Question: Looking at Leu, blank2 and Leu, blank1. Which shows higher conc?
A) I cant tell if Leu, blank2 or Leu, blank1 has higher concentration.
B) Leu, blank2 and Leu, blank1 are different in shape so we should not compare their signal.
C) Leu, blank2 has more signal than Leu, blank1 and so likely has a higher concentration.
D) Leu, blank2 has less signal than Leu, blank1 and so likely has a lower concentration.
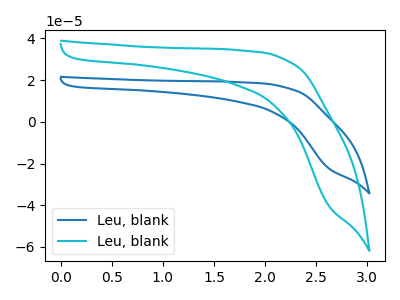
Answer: <think>The blue curve "Leu, blank1" has no peaks. The cyan curve "Leu, blank2" has no peaks.
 Neither "Leu, blank2" or "Leu, blank1" have any peaks.</think>
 <answer>A) I cant tell if "Leu, blank2" or "Leu, blank1" has higher concentration.</answer>
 <eval>A</eval>